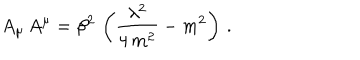
A _ { \mu } \, A ^ { \mu } = \beta ^ { 2 } \, \left( \frac { \lambda ^ { 2 } } { 4 \, m ^ { 2 } } - m ^ { 2 } \right) \, .